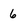
Character: 6